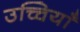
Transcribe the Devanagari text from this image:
उच्चियाँ